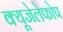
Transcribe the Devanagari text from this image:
क्‍यूजेलेफोप